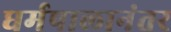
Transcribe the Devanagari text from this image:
धर्मपालानंतर